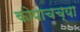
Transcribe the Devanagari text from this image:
कोपाचच्या